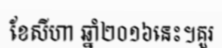
ខែសីហា ឆ្នាំ២០១៦នេះ។គួរ